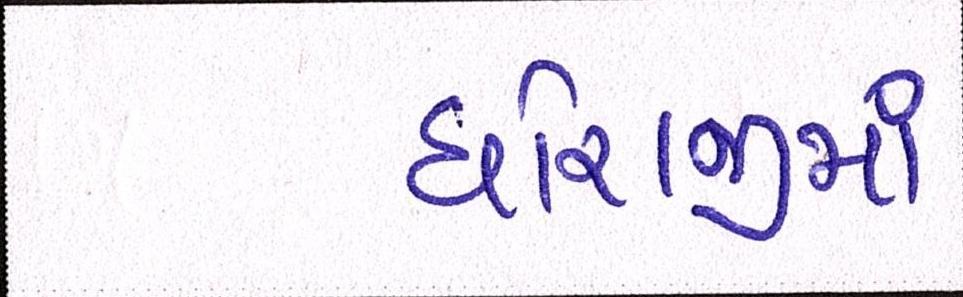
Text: ધોરાજીમાં